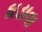
ઘડાવા